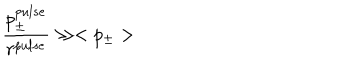
\frac { p _ { \pm } ^ { p u l s e } } { r ^ { p u l s e } } \gg < p _ { \pm } >